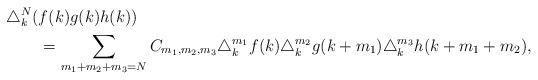
LaTeX: \begin{align*} \MoveEqLeft \triangle_k^N(f(k) g(k) h(k))\\ &=\sum_{m_1+m_2+m_3=N}C_{ m_1, m_2,m_3}\triangle_k^{m_1}f(k) \triangle_k^{m_2}g(k+m_1) \triangle_k^{m_3} h(k+m_1+m_2),\end{align*}